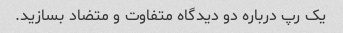
یک رپ درباره دو دیدگاه متفاوت و متضاد بسازید.